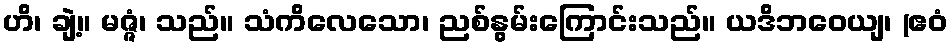
ဟိ၊ ချဲ့။ မဇ္ဇံ၊ သည်။ သံကိလေသော၊ ညစ်နွမ်းကြောင်းသည်။ ယဒိဘဝေယျ၊ (ဧဝံ